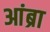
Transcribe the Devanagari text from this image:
आंब्रा